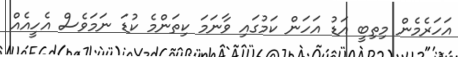
އަހަރެމެން މިތިބީ އަޑު އަހަން ކަމުގައި ވާނަމަ ކިތަންމެ ކުޑަ ނަމަވެސް އެހީއެއް